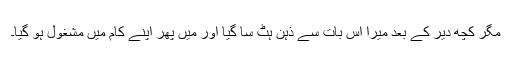
مگر کچھ دیر کے بعد میرا اس بات سے ذہن ہٹ سا گیا اور میں پھر اپنے کام میں مشغول ہو گیا۔